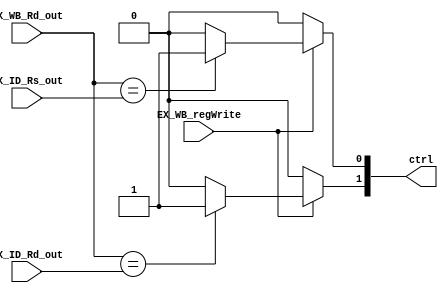
module forward_unit(input [2:0] EX_ID_Rs_out,EX_ID_Rd_out,EX_WB_Rd_out,
  input EX_WB_regWrite,output reg [1:0] ctrl);
  always@(EX_WB_regWrite,EX_WB_Rd_out,EX_ID_Rs_out,EX_ID_Rd_out)
  begin
    if ( EX_WB_regWrite==1)
      begin
        ctrl[0] = (EX_WB_Rd_out == EX_ID_Rs_out) ? 1 : 0;
        ctrl[1] = (EX_WB_Rd_out == EX_ID_Rd_out) ? 1 : 0;
      end
    else
      ctrl = 2'b0;
  end
endmodule